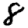
Digit: 8